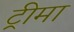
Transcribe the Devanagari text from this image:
ट्रीमा